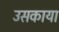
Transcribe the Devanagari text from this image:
उसकाया